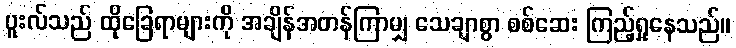
ပူးလ်သည် ထိုခြေရာများကို အချိန်အတန်ကြာမျှ သေချာစွာ စစ်ဆေး ကြည့်ရှုနေသည်။